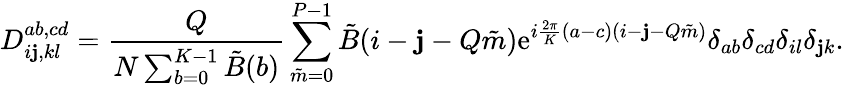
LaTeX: D_{i\mathbf{j},kl}^{ab,cd}={\frac{{Q}}{{N\sum_{b=0}^{K-1}\tilde{{B}}(b)}}}\sum_{\tilde{{m}}=0}^{P-1}\tilde{{B}}(i-\mathbf{j}-Q\tilde{{m}})\mathrm{{e}}^{i{\frac{{2\pi}}{{K}}}(a-c)(i-\mathbf{j}-Q\tilde{{m}})}\delta_{ab}\delta_{cd}\delta_{il}\delta_{\mathbf{j}k}.